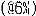
((@6%)